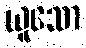
ယူသော